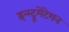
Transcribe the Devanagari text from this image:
इन्स्ट्रूमेंटेशन